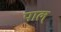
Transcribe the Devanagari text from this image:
पाल्